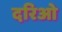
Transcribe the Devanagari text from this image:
दरिओ